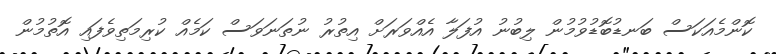
ކޮންމެއަކަސް ބަނޑުބޮޑުވުމުން ލިބުނު އުފަލާ އެއްވަރަށް އިތުރު ނުތަނަވަސް ކަމެއް ކުރިމަތިވެފައި އޮތުމުން